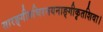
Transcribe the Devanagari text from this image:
सारङ्गीरुचिरनयनाङ्गीकृतशिवा।